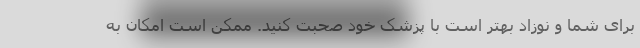
برای شما و نوزاد بهتر است با پزشک خود صحبت کنید. ممکن است امکان به